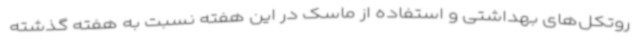
روتکل‌های بهداشتی و استفاده از ماسک در این هفته نسبت به هفته گذشته